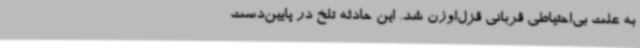
به علت بی‌احتیاطی قربانی قزل‌اوزن شد. این حادثه تلخ در پایین‌دست